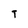
Character: T